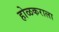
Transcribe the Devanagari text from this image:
होळकराला